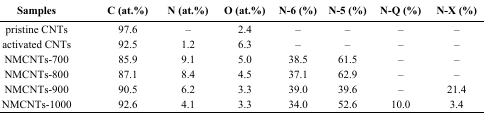
<table><thead><tr><td><b>Samples</b></td><td><b>C (at.%)</b></td><td><b>N (at.%)</b></td><td><b>O (at.%)</b></td><td><b>N-6 (%)</b></td><td><b>N-5 (%)</b></td><td><b>N-Q (%)</b></td><td><b>N-X (%)</b></td></tr></thead><tbody><tr><td>pristine CNTs</td><td>97.6</td><td>–</td><td>2.4</td><td>–</td><td>–</td><td>–</td><td>–</td></tr><tr><td>activated CNTs</td><td>92.5</td><td>1.2</td><td>6.3</td><td>–</td><td>–</td><td>–</td><td>–</td></tr><tr><td>NMCNTs-700</td><td>85.9</td><td>9.1</td><td>5.0</td><td>38.5</td><td>61.5</td><td>–</td><td>–</td></tr><tr><td>NMCNTs-800</td><td>87.1</td><td>8.4</td><td>4.5</td><td>37.1</td><td>62.9</td><td>–</td><td>–</td></tr><tr><td>NMCNTs-900</td><td>90.5</td><td>6.2</td><td>3.3</td><td>39.0</td><td>39.6</td><td>–</td><td>21.4</td></tr><tr><td>NMCNTs-1000</td><td>92.6</td><td>4.1</td><td>3.3</td><td>34.0</td><td>52.6</td><td>10.0</td><td>3.4</td></tr></tbody></table>